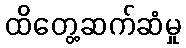
ထိတွေ့ဆက်ဆံမှု